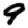
Digit: 9